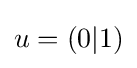
u=\left(0|1\right)